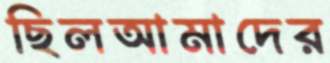
ছিলআমাদের